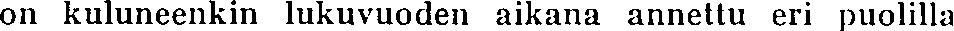
on kuluneenkin lukuvuoden aikana annettu eri puolilla